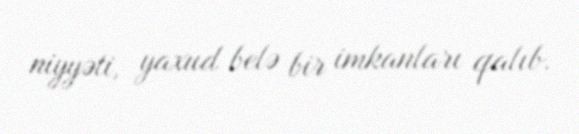
niyyəti, yaxud belə bir imkanları qalıb.